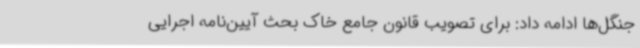
جنگل‌ها ادامه داد: برای تصویب قانون جامع خاک بحث آیین‌نامه اجرایی